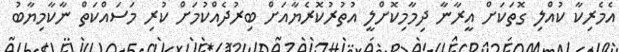
އެމެރިކާ ކުއްލި ގޮތަކަށް އީރާނާ ދިމާމިކޮށްލީ އުތުރުކޮރެޔާއަށް ބިރުދެއްކުމަށް ކުރި މަސައްކަތް ނާކާމިޔާބު